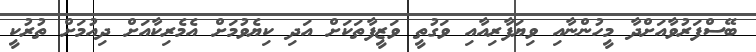
ބޭސްފަރުވާއަށްދާ މީހުންނާއި ވިޔަފާރިއާއި ވަގުތީ ވަޒީފާތަކަށް އަދި ކިޔެވުމަށް އެމެރިކާއަށް ދިއުމަށް ތުރުކީ